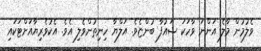
ވެލުމުން މާލެ އަންނަ ވާހަކަ ޝައުފާ ބުންޏެވެ. އަލްޔާ ހިނިތުންވެލި އެވެ. އެކުވެރިޔާއަށްޓަކައި